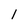
Character: 1